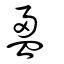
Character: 盈